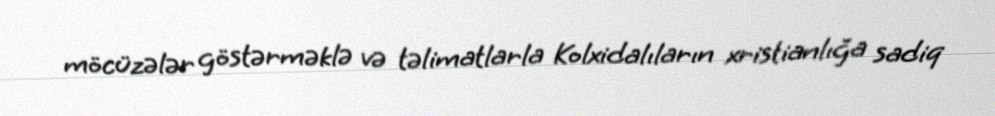
möcüzələr göstərməklə və təlimatlarla Kolxidalıların xristianlığa sadiq